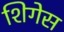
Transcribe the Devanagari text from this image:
शिगेस